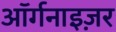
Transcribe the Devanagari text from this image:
ऑर्गनाइज़र